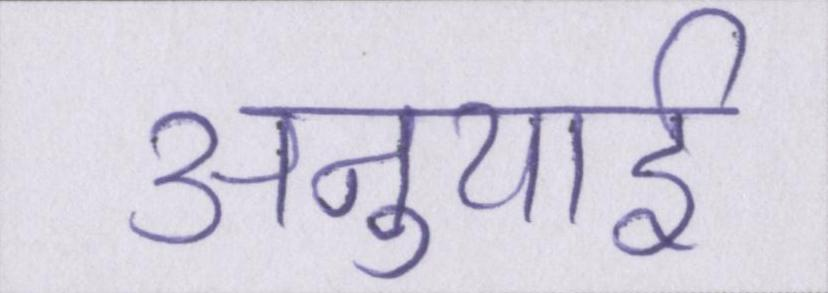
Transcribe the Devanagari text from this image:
अनुयाई